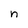
Character: n